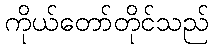
ကိုယ်တော်တိုင်သည်